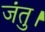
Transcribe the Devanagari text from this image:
जंतु।